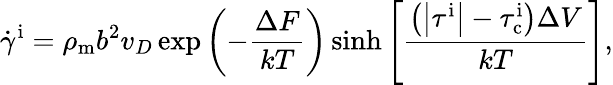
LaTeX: \dot{\gamma}^{\mathrm{i}}=\rho_{\mathrm{m}}b^{2}v_{D}\exp\left(-\frac{\Delta F}{kT}\right)\sinh\left[\frac{\left(\left|\tau^{\mathrm{i}}\right|-\tau_{\mathrm{c}}^{\mathrm{i}}\right)\Delta V}{kT}\right],